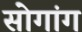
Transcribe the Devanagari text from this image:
सोगांग